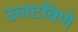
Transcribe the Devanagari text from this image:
उलटविणे